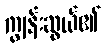
ကျွန်းဆွယ်၏